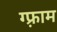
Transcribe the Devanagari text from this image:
ग्फ़्राम